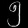
Digit: ၅